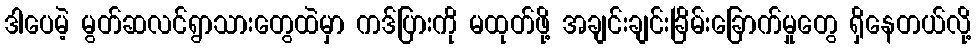
ဒါပေမဲ့ မွတ်ဆလင်ရွာသားတွေထဲမှာ ကဒ်ပြားကို မထုတ်ဖို့ အချင်းချင်းခြိမ်းခြောက်မှုတွေ ရှိနေတယ်လို့